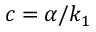
c = \alpha / k _ { 1 }